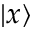
\left| x \right\rangle